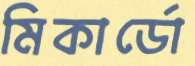
মিকার্ডো